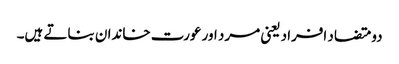
دو متضاد افراد یعنی مرد اور عورت خاندان بناتے ہیں۔